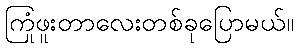
ကြုံဖူးတာလေးတစ်ခုပြောမယ်။